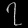
Digit: ၇